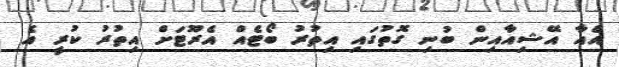
އެއާ އޭޝިއާއިން ބުނި ގޮތުގައި އިތުރު ބޯޓެއް އެރޫޓަށް އިތުރު ކުރީ އެ